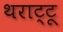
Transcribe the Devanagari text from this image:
थराट्टू